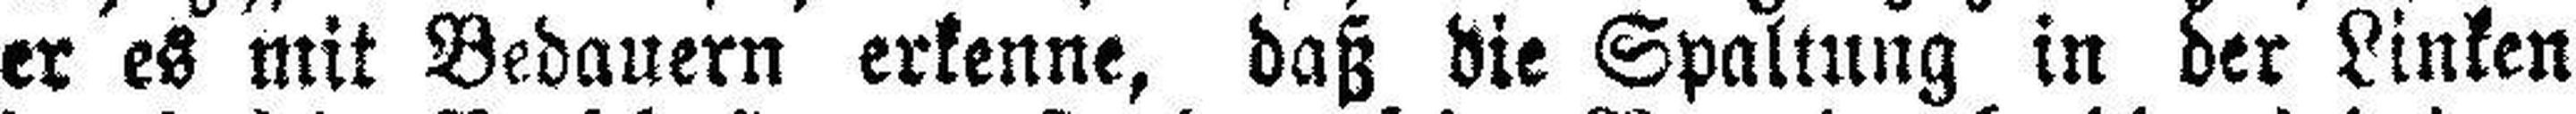
er es mit Bedauern erkenne, daß die Spaltung in der Linken